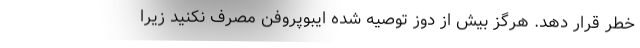
خطر قرار دهد. هرگز بیش از دوز توصیه شده ایبوپروفن مصرف نکنید زیرا